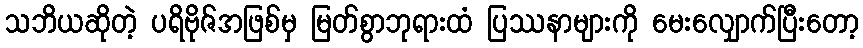
သဘိယဆိုတဲ့ ပရိဗိုဇ်အဖြစ်မှ မြတ်စွာဘုရားထံ ပြဿနာများကို မေးလျှောက်ပြီးတော့